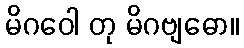
မိဂဝေါ တု မိဂဗျဓော။